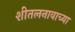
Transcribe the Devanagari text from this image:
शीतलनावाच्या